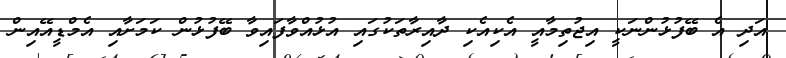
އަދި އެ ބޭފުޅުންނަކީ އިޖުތިމާއީ އެކިއެކި ދާއިރާތަކުގައި އުޅުއްވާފައިވާ ބޭފުޅުން ކަމަށާއި އެމްޑީއޭއިން